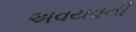
અવયવની